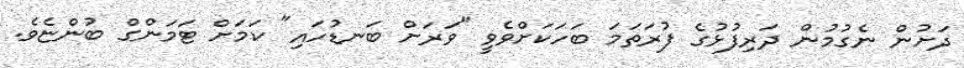
ދަށުން ނެގުމުން ދަރިފުޅުގެ ފުރަތަމަ ބަހަކަށްވެވީ "ވަރަށް ބަނޑުހައި" ކަމަށް ޓަމަންގް ބުންޏެވެ.